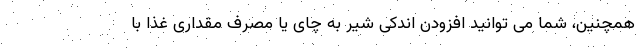
همچنین، شما می توانید افزودن اندکی شیر به چای یا مصرف مقداری غذا با